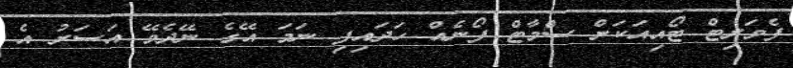
ފެވަރިޓް ޓޯއިއަކަށް ސްމާޓް ފޯނެއް ހަދައިފި ނަމަ އޭގެ ނޭދެވޭ އަސަރު އެ